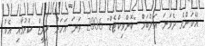
އޭކަންގެ ދެވަނަ އަލްބަމް "ކޮންވިކްޓެޑް" 2006 ވަނަ އަހަރު ރިލީޒް ކުރުމާއި އެކު